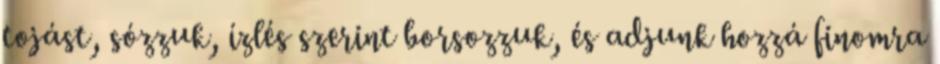
tojást, sózzuk, ízlés szerint borsozzuk, és adjunk hozzá finomra